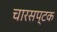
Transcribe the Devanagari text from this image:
चारसप्टक